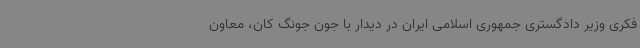
فکری وزیر دادگستری جمهوری اسلامی ایران در دیدار با جون جونگ کان، معاون